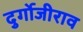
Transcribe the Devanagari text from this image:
दुर्गोजीराव